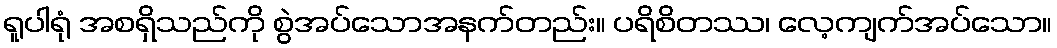
ရူပါရုံ အစရှိသည်ကို စွဲအပ်သောအနက်တည်း။ ပရိစိတဿ၊ လေ့ကျက်အပ်သော။